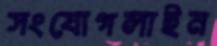
সংযোগলাইন